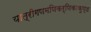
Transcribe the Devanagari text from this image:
यात्रीगणमणिकर्णिकाकुण्ड